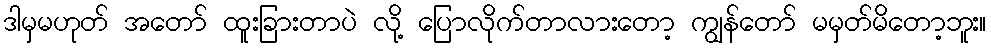
ဒါမှမဟုတ် အတော် ထူးခြားတာပဲ လို့ ပြောလိုက်တာလားတော့ ကျွန်တော် မမှတ်မိတော့ဘူး။